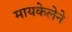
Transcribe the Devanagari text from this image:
मायकेलेने